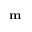
\mathbf { m }